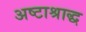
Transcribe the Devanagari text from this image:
अष्टाश्राद्ध